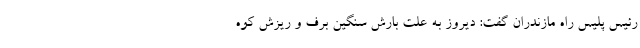
رئیس پلیس ‌راه مازندران گفت: دیروز به علت بارش سنگین برف و ریزش کوه